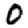
Digit: 0